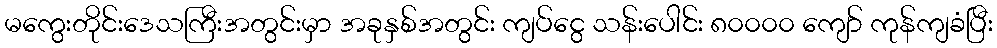
မကွေးတိုင်းဒေသကြီးအတွင်းမှာ အခုနှစ်အတွင်း ကျပ်ငွေ သန်းပေါင်း ၈၀၀၀၀ ကျော် ကုန်ကျခံပြီး